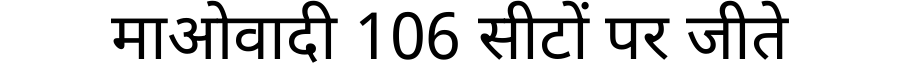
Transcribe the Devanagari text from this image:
माओवादी 106 सीटों पर जीते